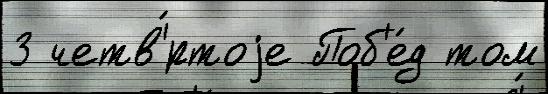
3 четв'́ртоjе Поб'е́д том